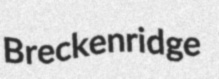
Breckenridge